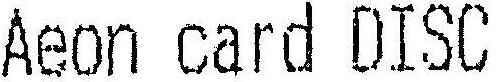
AEON CARD DISC